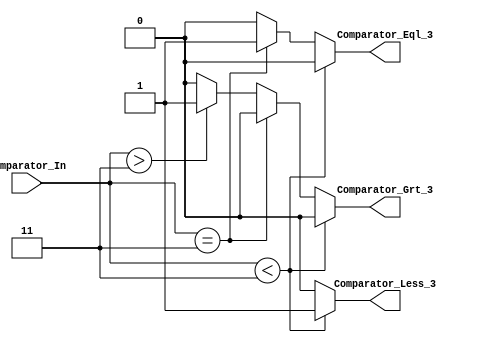
module Comparator(
Comparator_In,
Comparator_Less_3,
Comparator_Eql_3,
Comparator_Grt_3
);
  
input [2:0] Comparator_In;
output Comparator_Less_3;
output Comparator_Eql_3;
output Comparator_Grt_3;

reg Comparator_Less_3;
reg Comparator_Eql_3;
reg Comparator_Grt_3;

parameter Price=3'b011;

always @ (*)
begin
	if(Comparator_In < Price)
		begin
			Comparator_Less_3 =1'b1;
			Comparator_Eql_3  =0;
			Comparator_Grt_3  =0;
		end
	else if(Comparator_In == Price)
		begin
			Comparator_Less_3 =0;
			Comparator_Eql_3  =1'b1;
			Comparator_Grt_3  =0;
		end
	else if(Comparator_In > Price)
		begin
			Comparator_Less_3 =0;
			Comparator_Eql_3  =0;
			Comparator_Grt_3  =1'b1;
		end
	else 
		begin
			Comparator_Less_3 =0;
			Comparator_Eql_3  =0;
			Comparator_Grt_3  =0;
		end
end
endmodule